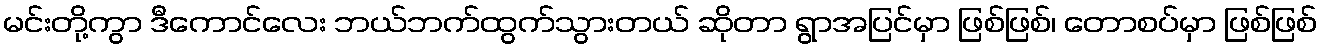
မင်းတို့ကွာ ဒီကောင်လေး ဘယ်ဘက်ထွက်သွားတယ် ဆိုတာ ရွာအပြင်မှာ ဖြစ်ဖြစ်၊ တောစပ်မှာ ဖြစ်ဖြစ်